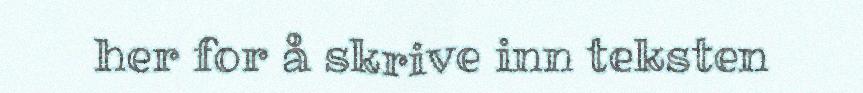
her for å skrive inn teksten